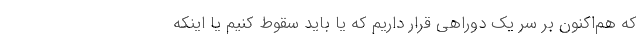
که هم‌اکنون بر سر یک دوراهی قرار داریم که یا باید سقوط کنیم یا اینکه